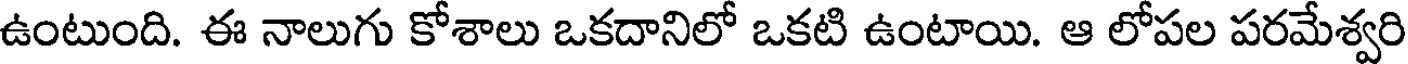
ఉంటుంది. ఈ నాలుగు కోశాలు ఒకదానిలో ఒకటి ఉంటాయి. ఆ లోపల పరమేశ్వరి